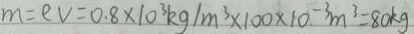
m = e v = 0 . 8 \times 1 0 ^ { 3 } k g / m ^ { 3 } \times 1 0 0 \times 1 0 ^ { - 3 } m ^ { 3 } = 8 0 k g